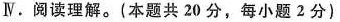
Ⅳ.阅读理解.(本题共 20 分,每小题 2分)